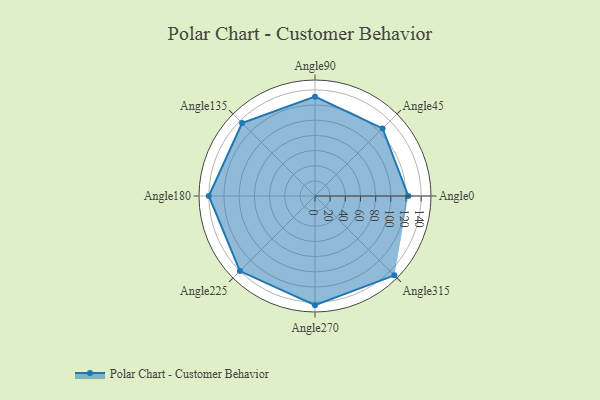
{"axis": {"x": "Angle", "y": "Radius"}, "legend": [""], "data": [{"x": "Angle0", "y": 123.0, "type": ""}, {"x": "Angle45", "y": 126.0, "type": ""}, {"x": "Angle90", "y": 131.0, "type": ""}, {"x": "Angle135", "y": 136.0, "type": ""}, {"x": "Angle180", "y": 140.0, "type": ""}, {"x": "Angle225", "y": 140.0, "type": ""}, {"x": "Angle270", "y": 144.0, "type": ""}, {"x": "Angle315", "y": 148.0, "type": ""}]}